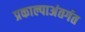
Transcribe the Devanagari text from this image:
प्रकाल्पाअंतर्गत